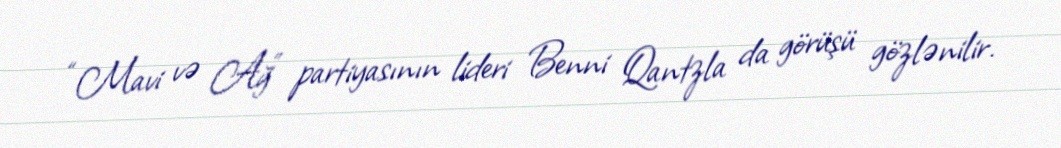
“Mavi və Ağ” partiyasının lideri Benni Qantzla da görüşü gözlənilir.